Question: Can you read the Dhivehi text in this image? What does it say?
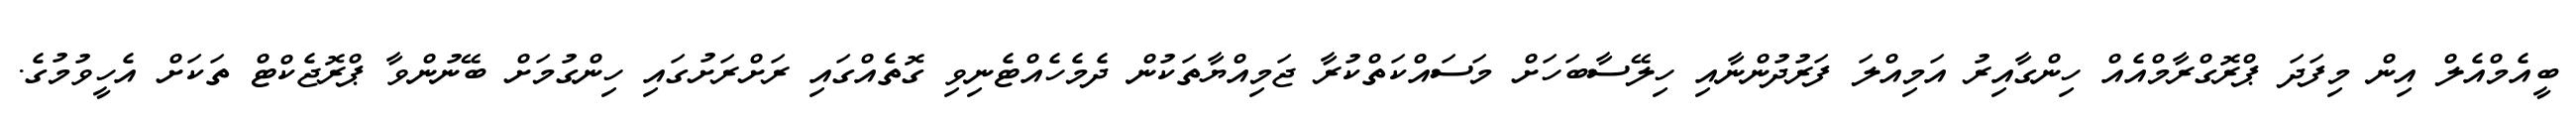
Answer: ބީއެމްއެލް އިން މިފަދަ ޕްރޮގްރާމްއެއް ހިންގާއިރު އަމިއްލަ ފަރުދުންނާއި ހިލޭސާބަހަށް މަސައްކަތްކުރާ ޖަމިއްޔާތަކުން ދެމެހެއްޓެނިވި ގޮތެއްގައި ރަށްރަށުގައި ހިންގުމަށް ބޭނުންވާ ޕްރޮޖެކްޓް ތަކަށް އެހީވުމުގެ.